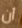
أن